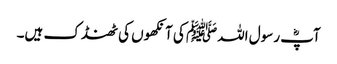
آپؓ رسول اللہﷺ کی آنکھوں کی ٹھنڈک ہیں۔